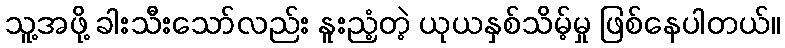
သူ့အဖို့ ခါးသီးသော်လည်း နူးညံ့တဲ့ ယုယနှစ်သိမ့်မှု ဖြစ်နေပါတယ်။